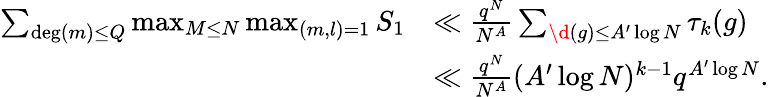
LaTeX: \begin{array}{rl}{\sum_{\deg(m)\leq Q}\operatorname*{max}_{M\leq N}\operatorname*{max}_{(m,l)=1}S_{1}}&{\ll\frac{q^{N}}{N^{A}}\sum_{\d(g)\leq A^{\prime}\log N}\tau_{k}(g)}\\ &{\ll\frac{q^{N}}{N^{A}}(A^{\prime}\log N)^{k-1}q^{A^{\prime}\log N}.}\end{array}